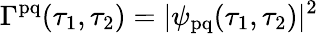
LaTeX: \Gamma^{\mathrm{pq}}(\tau_{1},\tau_{2})=|\psi_{\mathrm{pq}}(\tau_{1},\tau_{2})|^{2}